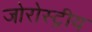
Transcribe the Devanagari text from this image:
जोरोस्ट्रीय